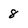
Character: 8